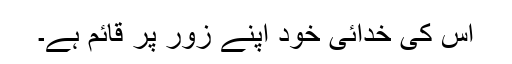
اس کی خدائی خود اپنے زور پر قائم ہے۔